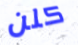
كلن